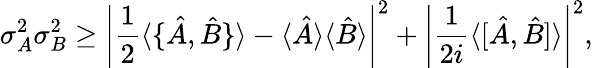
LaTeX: \sigma_{A}^{2}\sigma_{B}^{2}\geq\left|{\frac{1}{2}}\langle\{ {\hat{A}},{\hat{B}}\} \rangle-\langle{\hat{A}}\rangle\langle{\hat{B}}\rangle\right|^{2}+\left|{\frac{1}{2i}}\langle[{\hat{A}},{\hat{B}}]\rangle\right|^{2},